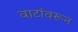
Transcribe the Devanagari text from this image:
वाटांवरून